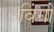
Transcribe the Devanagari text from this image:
विंगों